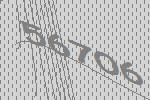
56706